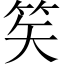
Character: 笶